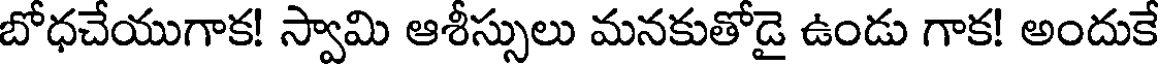
బోధచేయుగాక! స్వామి ఆశీస్సులు మనకుతోడై ఉండు గాక! అందుకే